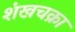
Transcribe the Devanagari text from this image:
शंखचक्रा